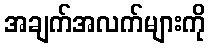
အချက်အလက်များကို